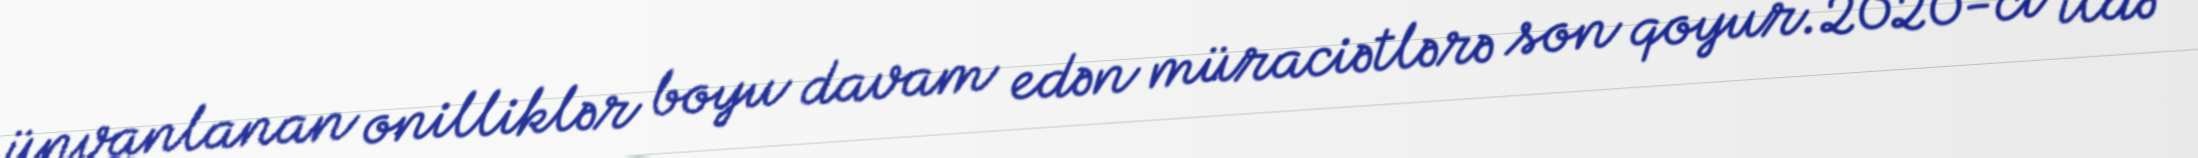
ünvanlanan onilliklər boyu davam edən müraciətlərə son qoyur.2020-ci ildə